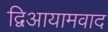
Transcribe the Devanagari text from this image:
द्विआयामवाद